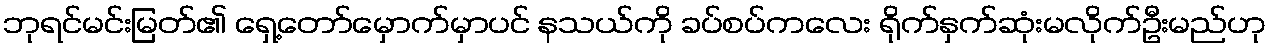
ဘုရင်မင်းမြတ်၏ ရှေ့တော်မှောက်မှာပင် နသယ်ကို ခပ်စပ်ကလေး ရိုက်နှက်ဆုံးမလိုက်ဦးမည်ဟု